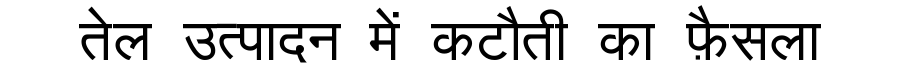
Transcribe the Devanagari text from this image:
तेल उत्पादन में कटौती का फ़ैसला